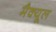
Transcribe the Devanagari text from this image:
मैक्यूल